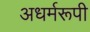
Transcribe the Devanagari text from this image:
अधर्मरूपी